Document type: Testament
Year: 1362
Scribe: Berenguer Vergós
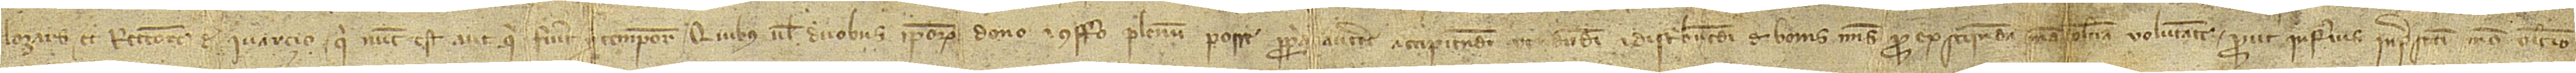
Lozars, et rectorem de Ivarçio, qui nunc est aut qui fuerit pro tempore. Quibus vel duobus ipsorum dono et confero plenum posse propria auctoritate accipiendi, vendendi et dristibuendi de bonis meis pro exsequenda mea ultima voluntate prout inferius in presenti meo ultimo